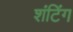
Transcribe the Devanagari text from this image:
शंटिंग